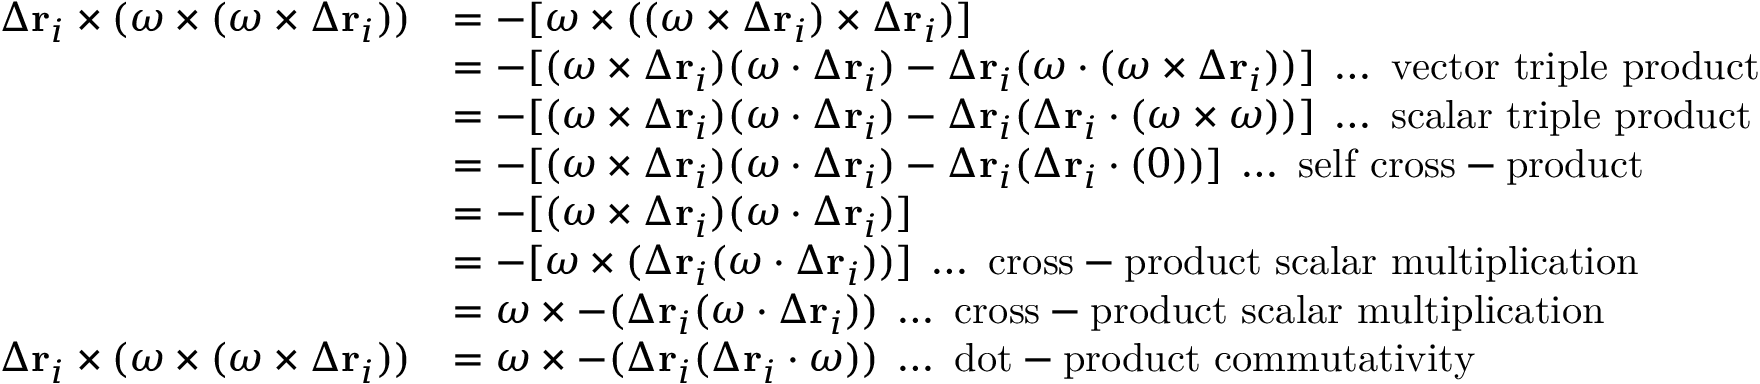
{ \begin{array} { r l } { \Delta \mathbf { r } _ { i } \times ( { \boldsymbol { \omega } } \times ( { \boldsymbol { \omega } } \times \Delta \mathbf { r } _ { i } ) ) } & { = - [ { \boldsymbol { \omega } } \times ( ( { \boldsymbol { \omega } } \times \Delta \mathbf { r } _ { i } ) \times \Delta \mathbf { r } _ { i } ) ] } \\ & { = - [ ( { \boldsymbol { \omega } } \times \Delta \mathbf { r } _ { i } ) ( { \boldsymbol { \omega } } \cdot \Delta \mathbf { r } _ { i } ) - \Delta \mathbf { r } _ { i } ( { \boldsymbol { \omega } } \cdot ( { \boldsymbol { \omega } } \times \Delta \mathbf { r } _ { i } ) ) ] \; \ldots { \mathrm { ~ v e c t o r ~ t r i p l e ~ p r o d u c t } } } \\ & { = - [ ( { \boldsymbol { \omega } } \times \Delta \mathbf { r } _ { i } ) ( { \boldsymbol { \omega } } \cdot \Delta \mathbf { r } _ { i } ) - \Delta \mathbf { r } _ { i } ( \Delta \mathbf { r } _ { i } \cdot ( { \boldsymbol { \omega } } \times { \boldsymbol { \omega } } ) ) ] \; \ldots { \mathrm { ~ s c a l a r ~ t r i p l e ~ p r o d u c t } } } \\ & { = - [ ( { \boldsymbol { \omega } } \times \Delta \mathbf { r } _ { i } ) ( { \boldsymbol { \omega } } \cdot \Delta \mathbf { r } _ { i } ) - \Delta \mathbf { r } _ { i } ( \Delta \mathbf { r } _ { i } \cdot ( 0 ) ) ] \; \ldots { \mathrm { ~ s e l f ~ c r o s s - p r o d u c t } } } \\ & { = - [ ( { \boldsymbol { \omega } } \times \Delta \mathbf { r } _ { i } ) ( { \boldsymbol { \omega } } \cdot \Delta \mathbf { r } _ { i } ) ] } \\ & { = - [ { \boldsymbol { \omega } } \times ( \Delta \mathbf { r } _ { i } ( { \boldsymbol { \omega } } \cdot \Delta \mathbf { r } _ { i } ) ) ] \; \ldots { \mathrm { ~ c r o s s - p r o d u c t ~ s c a l a r ~ m u l t i p l i c a t i o n } } } \\ & { = { \boldsymbol { \omega } } \times - ( \Delta \mathbf { r } _ { i } ( { \boldsymbol { \omega } } \cdot \Delta \mathbf { r } _ { i } ) ) \; \ldots { \mathrm { ~ c r o s s - p r o d u c t ~ s c a l a r ~ m u l t i p l i c a t i o n } } } \\ { \Delta \mathbf { r } _ { i } \times ( { \boldsymbol { \omega } } \times ( { \boldsymbol { \omega } } \times \Delta \mathbf { r } _ { i } ) ) } & { = { \boldsymbol { \omega } } \times - ( \Delta \mathbf { r } _ { i } ( \Delta \mathbf { r } _ { i } \cdot { \boldsymbol { \omega } } ) ) \; \ldots { \mathrm { ~ d o t - p r o d u c t ~ c o m m u t a t i v i t y } } } \end{array} }